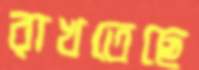
রাখতেছে